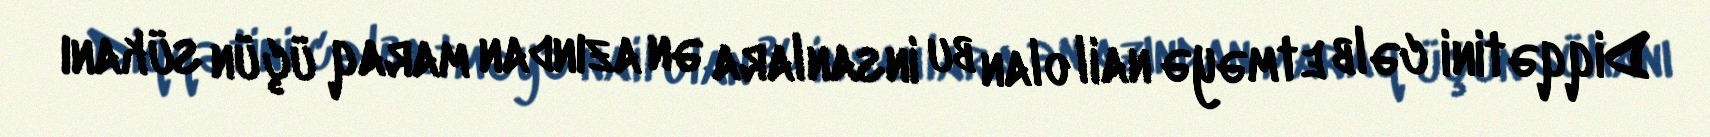
Diqqətini cəlb etməyə nail olan bu insanlara ən azından maraq üçün sükanı